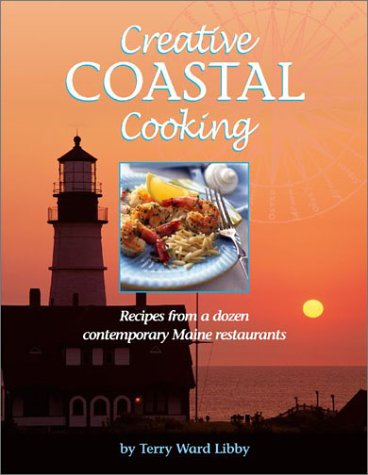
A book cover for Creative Coastal Cooking; Terry Libby; Travel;